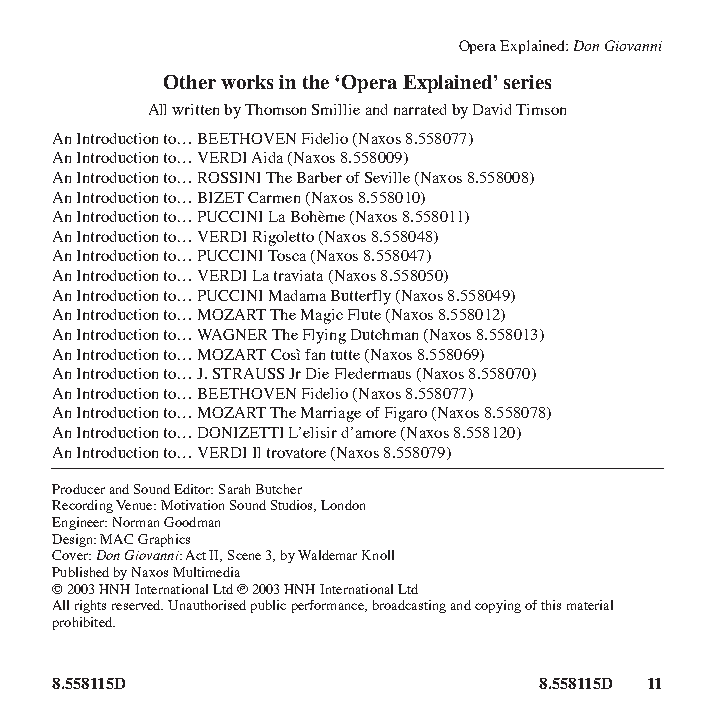
Opera Explained: Don Giovanni
 Other works in the ‘Opera Explained’ series
 All written by Thomson Smillie and narrated by David Timson
 An Introduction to… BEETHOVEN Fidelio (Naxos 8.558077)
 An Introduction to… VERDI Aida (Naxos 8.558009)
 An Introduction to… ROSSINI The Barber of Seville (Naxos 8.558008)
 An Introduction to… BIZET Carmen (Naxos 8.558010)
 An Introduction to… PUCCINI La Bohème (Naxos 8.558011)
 An Introduction to… VERDI Rigoletto (Naxos 8.558048)
 An Introduction to… PUCCINI Tosca (Naxos 8.558047)
 An Introduction to… VERDI La traviata (Naxos 8.558050)
 An Introduction to… PUCCINI Madama Butterfly (Naxos 8.558049)
 An Introduction to… MOZART The Magic Flute (Naxos 8.558012)
 An Introduction to… WAGNER The Flying Dutchman (Naxos 8.558013)
 An Introduction to… MOZART Così fan tutte (Naxos 8.558069)
 An Introduction to… J. STRAUSS Jr Die Fledermaus (Naxos 8.558070)
 An Introduction to… BEETHOVEN Fidelio (Naxos 8.558077)
 An Introduction to… MOZART The Marriage of Figaro (Naxos 8.558078)
 An Introduction to… DONIZETTI L’elisir d’amore (Naxos 8.558120)
 An Introduction to… VERDI Il trovatore (Naxos 8.558079)
 Producer and Sound Editor: Sarah Butcher
 Recording Venue: Motivation Sound Studios, London
 Engineer: Norman Goodman
 Design: MAC Graphics
 Cover: Don Giovanni: Act II, Scene 3, by Waldemar Knoll
 Published by Naxos Multimedia
 © 2003 HNH International Ltd p 2003 HNH International Ltd
 All rights reserved. Unauthorised public performance, broadcasting and copying of this material
 prohibited.
 8.558115D                        8.558115D 11